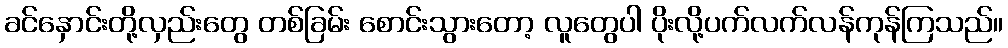
ခင်နှောင်းတို့လှည်းတွေ တစ်ခြမ်း စောင်းသွားတော့ လူတွေပါ ပိုးလို့ပက်လက်လန်ကုန်ကြသည်။